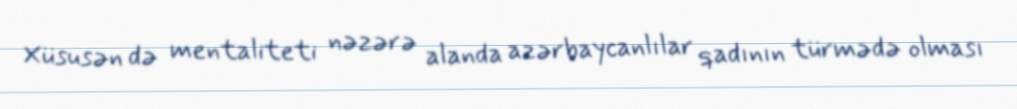
Xüsusən də mentaliteti nəzərə alanda azərbaycanlılar qadının türmədə olması